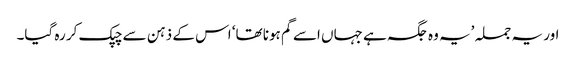
اور یہ جملہ ’یہ وہ جگہ ہے جہاں اسے گم ہونا تھا‘ اس کے ذہن سے چپک کر رہ گیا۔